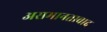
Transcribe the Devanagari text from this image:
असमानतावाद